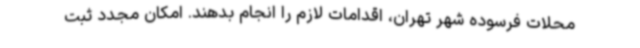
محلات فرسوده شهر تهران، اقدامات لازم را انجام بدهند. امکان مجدد ثبت